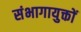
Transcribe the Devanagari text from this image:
संभागायुक्तों